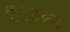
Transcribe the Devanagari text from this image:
इनहेल्ड